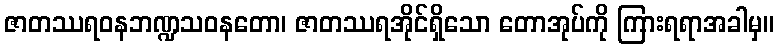
ဇာတဿရဝနဘဏ္ဍသဝနတော၊ ဇာတဿရအိုင်ရှိသော တောအုပ်ကို ကြားရရာအခါမှ။